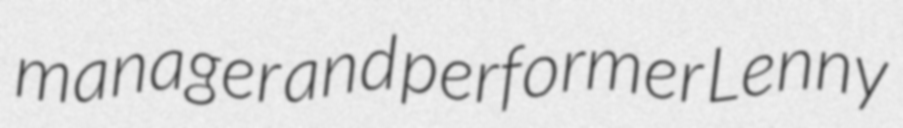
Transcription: manager and performer Lenny